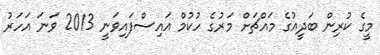
މީގެ ކުރިން ބަދީއުގެ މައްޗަށް މަރުގެ ހުކުމް އައިސްފައިވަނީ 2013 ވަނަ އަހަރު